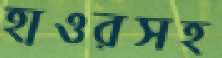
হাওরসহ